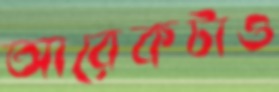
আরেকটাও